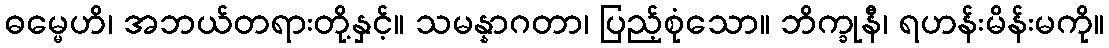
ဓမ္မေဟိ၊ အဘယ်တရားတို့နှင့်။ သမန္နာဂတာ၊ ပြည့်စုံသော။ ဘိက္ခုနီ၊ ရဟန်းမိန်းမကို။